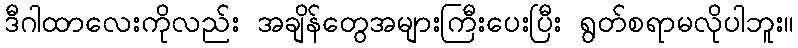
ဒီဂါထာလေးကိုလည်း အချိန်တွေအများကြီးပေးပြီး ရွတ်စရာမလိုပါဘူး။